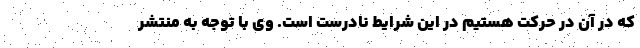
که در آن در حرکت هستیم در این شرایط نادرست است. وی با توجه به منتشر